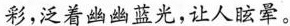
彩，泛着幽幽蓝光，让人眩晕